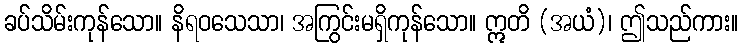
ခပ်သိမ်းကုန်သော။ နိရဝသေသာ၊ အကြွင်းမရှိကုန်သော။ ဣတိ (အယံ)၊ ဤသည်ကား။